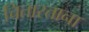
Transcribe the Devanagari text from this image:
चितारताना